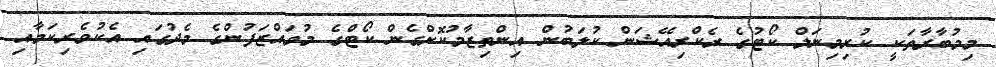
މިމުބާރާތަކީ ކުރިމިނަލް ކޯޓުގެ ރެކްރިއޭޝަން ކުލަބުން އިންތިޒާމުކޮށްގެން ކޯޓްގެ މުވައްޒަފުންގެ މެދުގައި އެކުވެރިކަމާއި